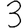
Digit: 3